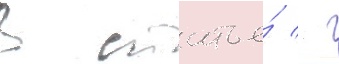
В статье́